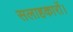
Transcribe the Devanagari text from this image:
सलाहकारों।